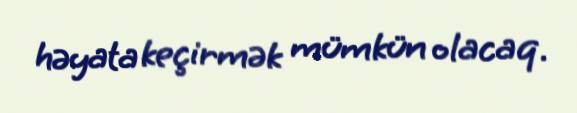
həyata keçirmək mümkün olacaq.